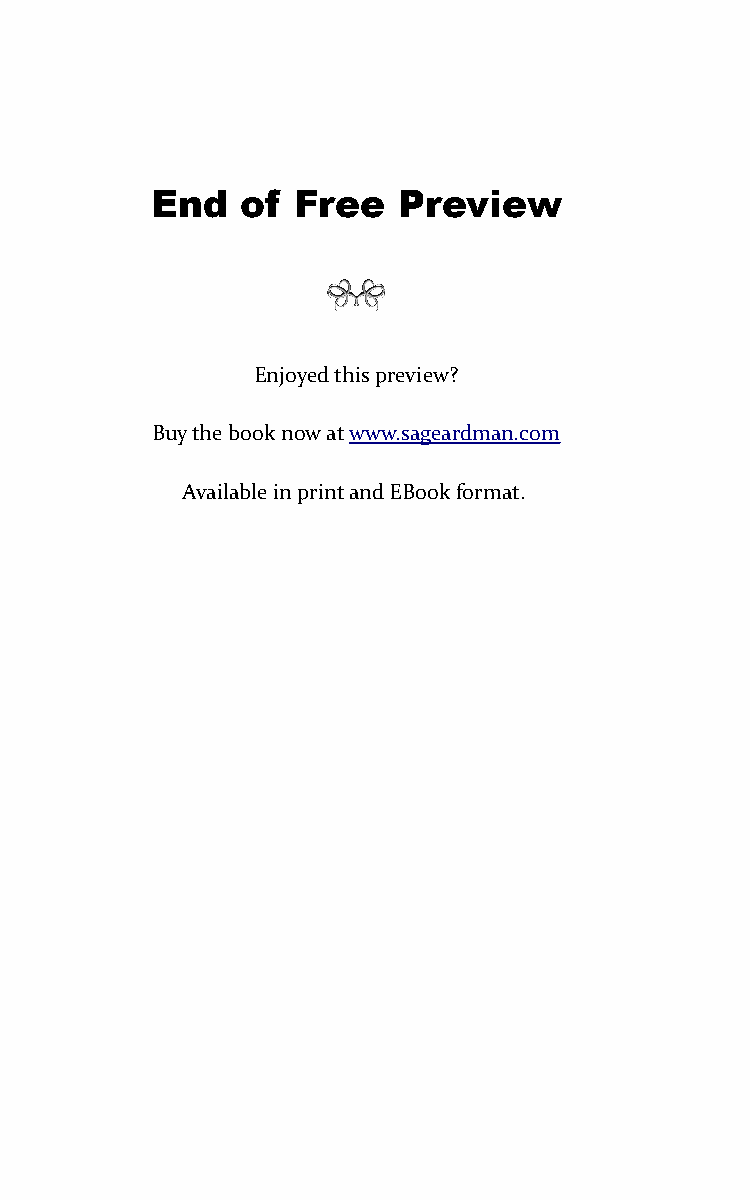
End   of  Free  Preview
 Enjoyed this preview?
 Buy the book now at www.sageardman.com
 Available in print and EBook format.